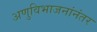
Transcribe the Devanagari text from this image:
अणुविभाजनांनंतर